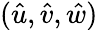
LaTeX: (\hat{u},\hat{v},\hat{w})